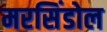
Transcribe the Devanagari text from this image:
मरसिंडोल